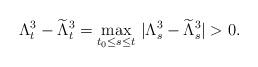
LaTeX: \begin{align*}\Lambda^3_t-\widetilde{\Lambda}^3_t = \max_{t_0\le s\le t}\,|\Lambda^3_s-\widetilde{\Lambda}^3_s|>0.\end{align*}